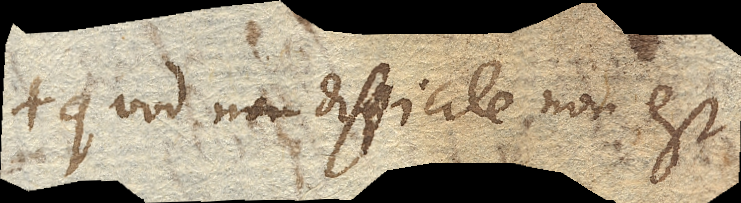
quod difficile non est